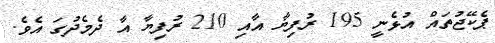
ޕެކޭޖުތައް އުޅެނީ 195 ރުފިޔާ އާއި 210 ރުފިޔާ އާ ދެމެދުގަ އެވެ.